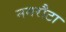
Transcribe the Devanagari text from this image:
नगरौटा